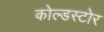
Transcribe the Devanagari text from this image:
कोल्डस्टोर